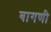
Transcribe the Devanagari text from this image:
बागणी